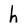
Character: h